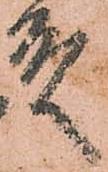
殿